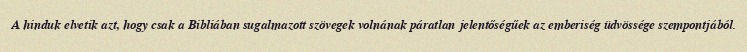
A hinduk elvetik azt, hogy csak a Bibliában sugalmazott szövegek volnának páratlan jelentőségűek az emberiség üdvössége szempontjából.